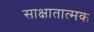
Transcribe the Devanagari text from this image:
साक्षातात्मक